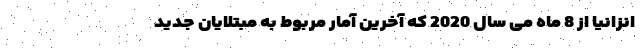
انزانیا از 8 ماه می سال 2020 که آخرین آمار مربوط به مبتلایان جدید